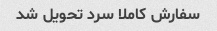
سفارش کاملا سرد تحویل شد